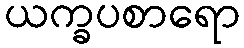
ယက္ခပစာရော